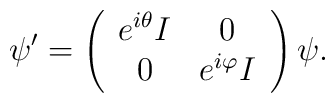
\psi ^{\prime }=\left(\begin{array}{cc}e^{i\theta }I & 0 \\0 & e^{i\varphi }I\end{array}\right) \psi .